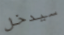
سيدخل